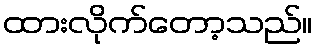
ထားလိုက်တော့သည်။